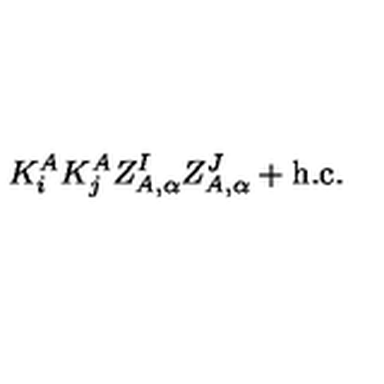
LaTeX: K _ { i } ^ { A } K _ { j } ^ { A } Z _ { A , \alpha } ^ { I } Z _ { A , \alpha } ^ { J } + \mathrm { h . c . }